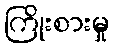
ကြိုးစားမှု